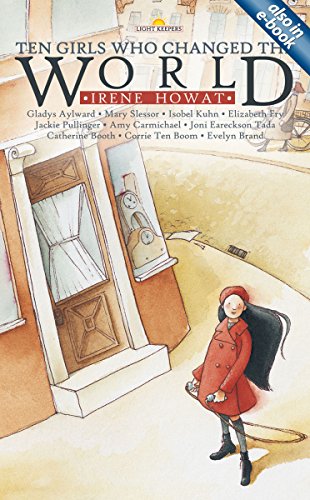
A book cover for Ten Girls Who Changed the World (Lightkeepers); Irene Howat; Children's Books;